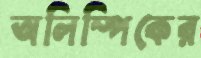
অলিম্পিকের